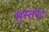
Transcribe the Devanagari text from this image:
मुस्तरद